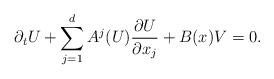
\begin{align*}\partial_tU + \sum_{j=1}^dA^j(U)\frac{\partial U}{\partial x_j}+B(x)V=0. \end{align*}